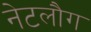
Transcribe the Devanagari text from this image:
नेटलौग